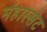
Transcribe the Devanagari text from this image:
मंहास्सेट